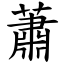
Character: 蕭